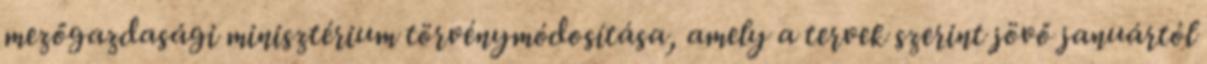
mezőgazdasági minisztérium törvénymódosítása, amely a tervek szerint jövő januártól